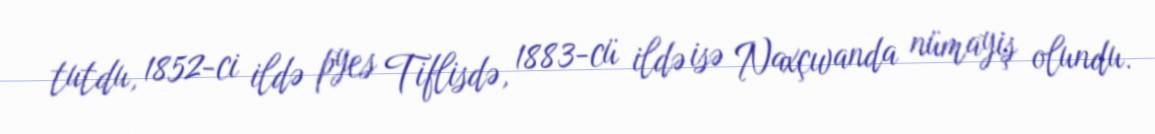
tutdu, 1852-ci ildə pyes Tiflisdə, 1883-cü ildə isə Naxçıvanda nümayiş olundu.